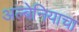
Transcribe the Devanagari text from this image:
अल्बेनियाचा